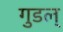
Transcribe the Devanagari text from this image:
गुडल्